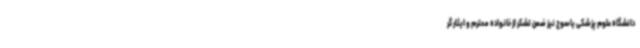
دانشگاه علوم پزشکی یاسوج نیز ضمن تشکر از خانواده محترم و ایثار گر